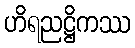
ဟိရညဋ္ဌိကဿ